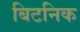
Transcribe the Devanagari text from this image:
बिटनिक